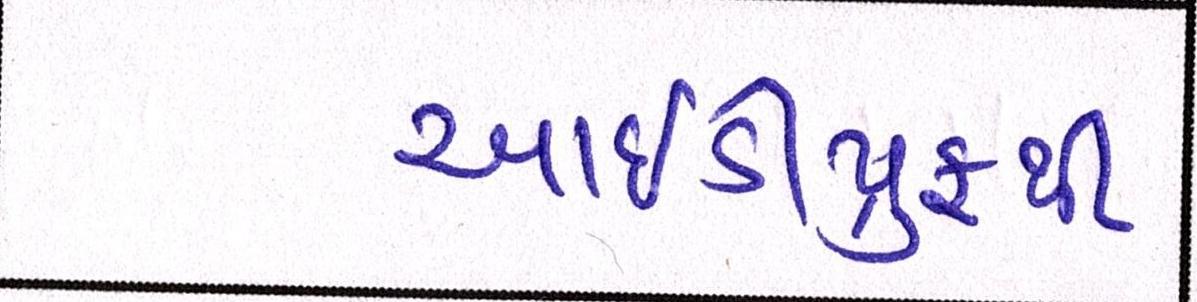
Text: આઇડીપ્રુફથી